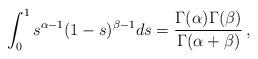
LaTeX: \begin{align*}\int_0^1 s^{\alpha-1}(1-s)^{\beta-1} ds = \frac{\Gamma(\alpha)\Gamma(\beta)}{\Gamma(\alpha+\beta)} \,, \end{align*}